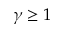
\gamma \geq 1